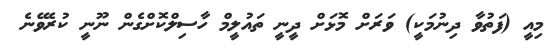
މިއީ (ފަތުވާ ދިނުމަކީ) ވަރަށް މޮޅަށް ދީނީ ތައުލީމް ހާސިލްކޮށްގެން ނޫނީ ކުރެވޭނެ